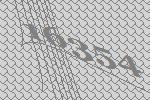
16354